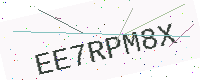
Text: EE7RPM8X